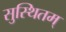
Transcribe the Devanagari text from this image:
सुस्थितम्